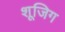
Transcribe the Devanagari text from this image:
शूजिग